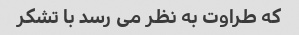
که طراوت به نظر می رسد با تشکر